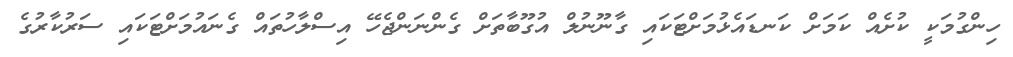
ހިންގުމަކީ ކުށެއް ކަމަށް ކަނޑައެޅުމަށްޓަކައި ގާނޫނުލް އުގޫބާތަށް ގެންނަންޖެހޭ އިސްލާހުތައް ގެނައުމަށްޓަކައި ސަރުކާރުގެ